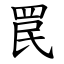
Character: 罠